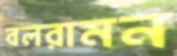
বলরামন